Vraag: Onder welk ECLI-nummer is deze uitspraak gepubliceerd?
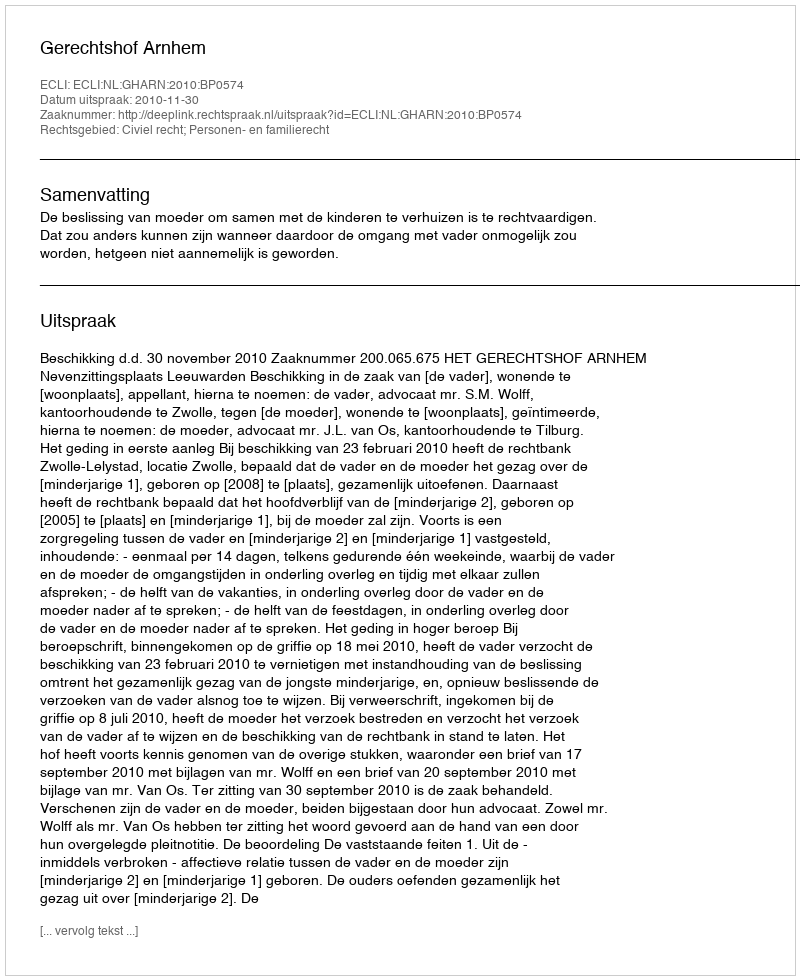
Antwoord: ECLI:NL:GHARN:2010:BP0574